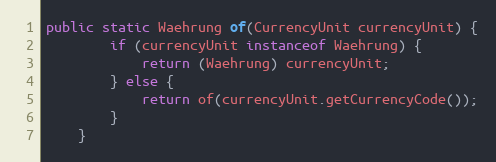
Language: Java
public static Waehrung of(CurrencyUnit currencyUnit) {
        if (currencyUnit instanceof Waehrung) {
            return (Waehrung) currencyUnit;
        } else {
            return of(currencyUnit.getCurrencyCode());
        }
    }